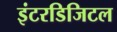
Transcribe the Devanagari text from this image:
इंटरडिजिटल